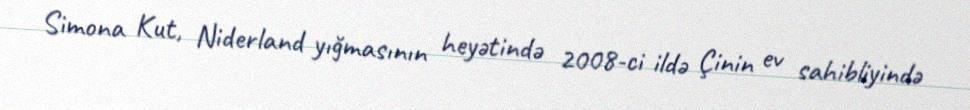
Simona Kut, Niderland yığmasının heyətində 2008-ci ildə Çinin ev sahibliyində